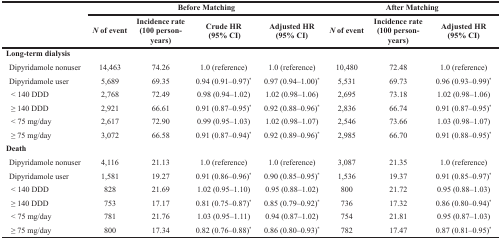
<table><thead><tr><td rowspan="2"></td><td colspan="4"><b>Before Matching</b></td><td colspan="3"><b>After Matching</b></td></tr><tr><td><b><i>N</i> of event</b></td><td><b>Incidence rate (100 person- years)</b></td><td><b>Crude HR (95% CI)</b></td><td><b>Adjusted HR (95% CI)</b></td><td><b><i>N</i> of event</b></td><td><b>Incidence rate (100 person- years)</b></td><td><b>Adjusted HR (95% CI)</b></td></tr></thead><tbody><tr><td><b>Long-term dialysis</b></td><td></td><td></td><td></td><td></td><td></td><td></td><td></td></tr><tr><td> Dipyridamole nonuser</td><td>14,463</td><td>74.26</td><td>1.0 (reference)</td><td>1.0 (reference)</td><td>10,480</td><td>72.48</td><td>1.0 (reference)</td></tr><tr><td> Dipyridamole user</td><td>5,689</td><td>69.35</td><td>0.94 (0.91–0.97)<sup>*</sup></td><td>0.97 (0.94–1.00)<sup>*</sup></td><td>5,531</td><td>69.73</td><td>0.96 (0.93–0.99)<sup>*</sup></td></tr><tr><td> &lt; 140 DDD</td><td>2,768</td><td>72.49</td><td>0.98 (0.94–1.02)</td><td>1.02 (0.98–1.06)</td><td>2,695</td><td>73.18</td><td>1.02 (0.98–1.06)</td></tr><tr><td> ≥ 140 DDD</td><td>2,921</td><td>66.61</td><td>0.91 (0.87–0.95)<sup>*</sup></td><td>0.92 (0.88–0.96)<sup>*</sup></td><td>2,836</td><td>66.74</td><td>0.91 (0.87–0.95)<sup>*</sup></td></tr><tr><td> &lt; 75 mg/day</td><td>2,617</td><td>72.90</td><td>0.99 (0.95–1.03)</td><td>1.02 (0.98–1.07)</td><td>2,546</td><td>73.66</td><td>1.03 (0.98–1.07)</td></tr><tr><td> ≥ 75 mg/day</td><td>3,072</td><td>66.58</td><td>0.91 (0.87–0.94)<sup>*</sup></td><td>0.92 (0.89–0.96)<sup>*</sup></td><td>2,985</td><td>66.70</td><td>0.91 (0.88–0.95)<sup>*</sup></td></tr><tr><td><b>Death</b></td><td></td><td></td><td></td><td></td><td></td><td></td><td></td></tr><tr><td> Dipyridamole nonuser</td><td>4,116</td><td>21.13</td><td>1.0 (reference)</td><td>1.0 (reference)</td><td>3,087</td><td>21.35</td><td>1.0 (reference)</td></tr><tr><td> Dipyridamole user</td><td>1,581</td><td>19.27</td><td>0.91 (0.86–0.96)<sup>*</sup></td><td>0.90 (0.85–0.95)<sup>*</sup></td><td>1,536</td><td>19.37</td><td>0.91 (0.85–0.97)<sup>*</sup></td></tr><tr><td> &lt; 140 DDD</td><td>828</td><td>21.69</td><td>1.02 (0.95–1.10)</td><td>0.95 (0.88–1.02)</td><td>800</td><td>21.72</td><td>0.95 (0.88–1.03)</td></tr><tr><td> ≥ 140 DDD</td><td>753</td><td>17.17</td><td>0.81 (0.75–0.87)<sup>*</sup></td><td>0.85 (0.79–0.92)<sup>*</sup></td><td>736</td><td>17.32</td><td>0.86 (0.80–0.94)<sup>*</sup></td></tr><tr><td> &lt; 75 mg/day</td><td>781</td><td>21.76</td><td>1.03 (0.95–1.11)</td><td>0.94 (0.87–1.02)</td><td>754</td><td>21.81</td><td>0.95 (0.87–1.03)</td></tr><tr><td> ≥ 75 mg/day</td><td>800</td><td>17.34</td><td>0.82 (0.76–0.88)<sup>*</sup></td><td>0.86 (0.80–0.93)<sup>*</sup></td><td>782</td><td>17.47</td><td>0.87 (0.81–0.95)<sup>*</sup></td></tr></tbody></table>